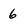
Character: 6